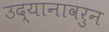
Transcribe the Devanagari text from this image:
उद्यानावरुन